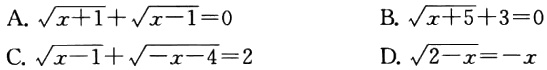
A. $\sqrt{x + 1}+\sqrt{x - 1}=0$

B. $\sqrt{x + 5}+3=0$

C. $\sqrt{x - 1}+\sqrt{-x - 4}=2$

D. $\sqrt{2 - x}=-x$